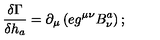
{ \displaystyle { \frac { \delta \Gamma } { \delta h _ { a } } } } = \partial _ { \mu } \left( e g ^ { \mu \nu } B _ { \nu } ^ { a } \right) ;